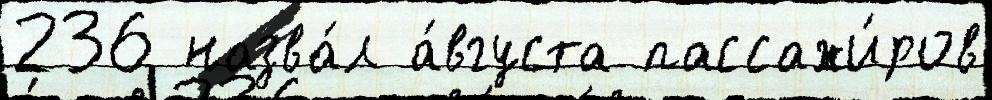
236 назва́л а́вгуста пассажи́ров